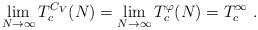
LaTeX: \begin{align*}\lim_{N \to \infty} T_c^{C_V}(N) = \lim_{N \to \infty} T_c^{\varphi}(N) = T_c^\infty \,\, .\end{align*}